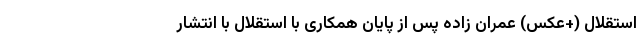
استقلال (+عکس) عمران زاده پس از پایان همکاری با استقلال با انتشار